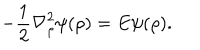
LaTeX: - \frac { 1 } { 2 } { \bf \nabla } _ { \rho } ^ { 2 } \psi ( \rho ) = E \psi ( \rho ) .